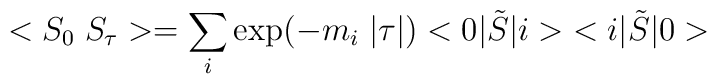
<S_0 \; S_{\tau}> = \sum_i \exp(-m_i \; |\tau|) <0|\tilde S |i> \; <i|\tilde S |0>